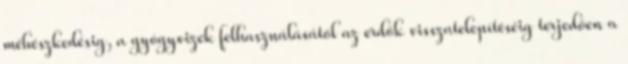
méhészkedésig, a gyógyvizek felhasználásától az erdők visszatelepítéséig terjedően a